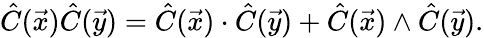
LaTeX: \hat{C}(\vec{x})\hat{C}(\vec{y})=\hat{C}(\vec{x})\cdot\hat{C}(\vec{y})+\hat{C}(\vec{x})\wedge\hat{C}(\vec{y}).